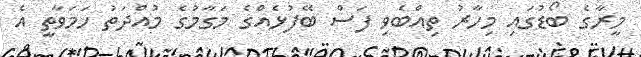
މީރާގެ ބޯޑުގައި މިހާރު ތިއްބެވި ފަސް ބޭފުޅެއްގެ މަގާމުގެ މުއްދަތު ހަމަވާތީ އެ